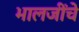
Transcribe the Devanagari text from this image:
भालजींचे